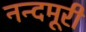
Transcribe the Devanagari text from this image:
नन्दमूरी